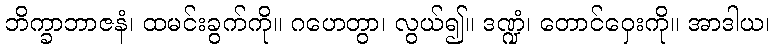
ဘိက္ခာဘာဇနံ၊ ထမင်းခွက်ကို။ ဂဟေတွာ၊ လွယ်၍။ ဒဏ္ဍံ၊ တောင်ဝှေးကို။ အာဒါယ၊